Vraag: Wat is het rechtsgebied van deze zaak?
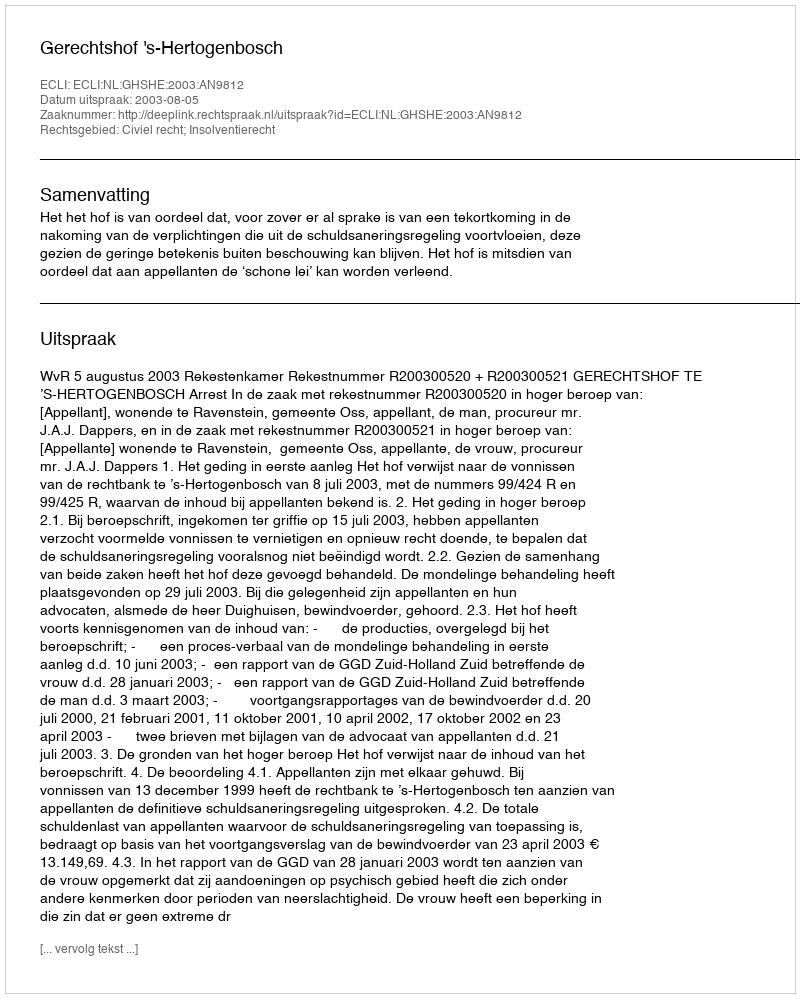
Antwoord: Civiel recht; Insolventierecht